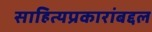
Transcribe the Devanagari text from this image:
साहित्यप्रकारांबद्दल